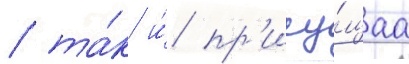
/ та́к и́ пр'ису́щаа